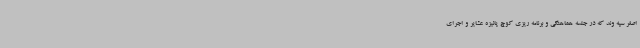
اصغر سپه وند که در جلسه هماهنگی و برنامه ریزی کوچ پائیزه عشایر و اجرای